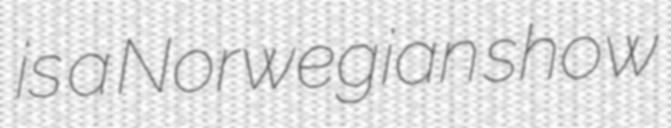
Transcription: is a Norwegian show